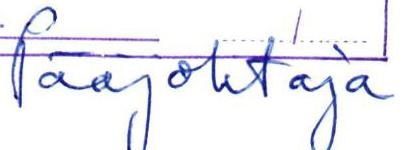
Pääjohtaja